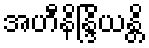
အဟီနိန္ဒြိယန္တိ